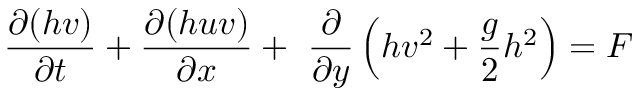
\frac { \partial ( h v ) } { \partial t } + \frac { \partial ( h u v ) } { \partial x } + \ \frac { \partial } { \partial y } \left( h v ^ { 2 } + \frac { g } { 2 } h ^ { 2 } \right) = F